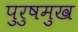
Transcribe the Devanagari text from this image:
पुरुषमुख